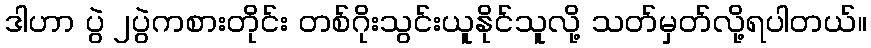
ဒါဟာ ပွဲ ၂ပွဲကစားတိုင်း တစ်ဂိုးသွင်းယူနိုင်သူလို့ သတ်မှတ်လို့ရပါတယ်။